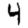
Digit: 4